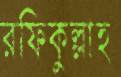
রফিকুল্লাহ